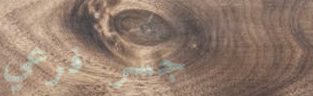
جسر فرعي